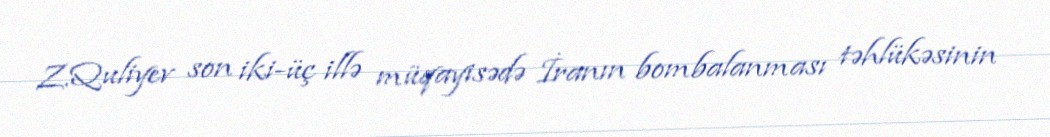
Z.Quliyev son iki-üç illə müqayisədə İranın bombalanması təhlükəsinin